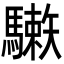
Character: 𩦙